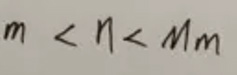
$m<\eta <Mm$